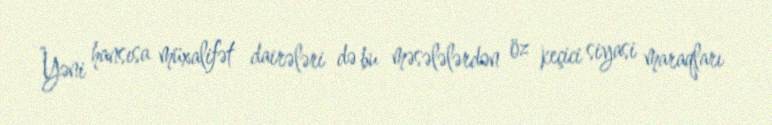
Yəni hansısa müxalifət dairələri də bu məsələlərdən öz keçici siyasi maraqları